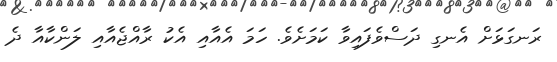
ރަނގަޅަށް އެނގި ދަސްވެފައިވާ ކަމަށެވެ. ހަމަ އެއާއި އެކު ރާއްޖެއާއި ލަންކާއާ ދެ